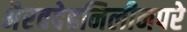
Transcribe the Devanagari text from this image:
भैरवदेहनिलीनपरे